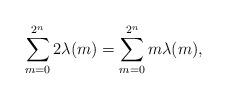
LaTeX: \begin{align*}\sum_{m=0}^{2^n} 2\lambda(m)=\sum_{m=0}^{2^n}m\lambda(m),\end{align*}